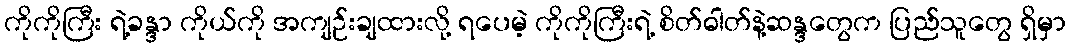
ကိုကိုကြီး ရဲ့ခန္ဒာ ကိုယ်ကို အကျဉ်းချထားလို့ ရပေမဲ့ ကိုကိုကြီးရဲ့ စိတ်ဓါတ်နဲ့ဆန္ဒတွေက ပြည်သူတွေ ရှိမှာ